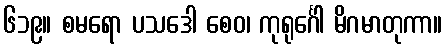
၆၁၉။ စမရော ပသဒေါ စေဝ၊ ကုရုင်္ဂေါ မိဂမာတုကာ။